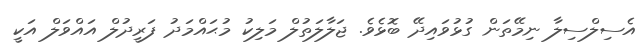
އެސިލްސިލާ ނިމޭތަން ގުޅުވައިދޭ ބޮޅެވެ. ޖަލާލަތުލް މަލިކު މުޙައްމަދު ފަރީދުލް އައްވަލް އަކީ